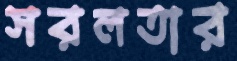
সরলতার